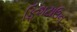
ફિશટાઉન